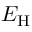
E _ { \mathrm { H } }